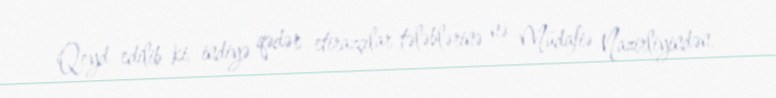
Qeyd edilib ki, indiyə qədər etirazçılar tələblərinə nə Müdafiə Nazirliyindən,